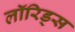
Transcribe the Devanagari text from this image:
लॉरिड्स